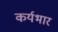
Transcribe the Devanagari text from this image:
कर्यभार